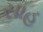
સાહ